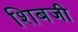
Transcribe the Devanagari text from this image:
शिबजी